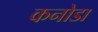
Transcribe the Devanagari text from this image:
कनोडा